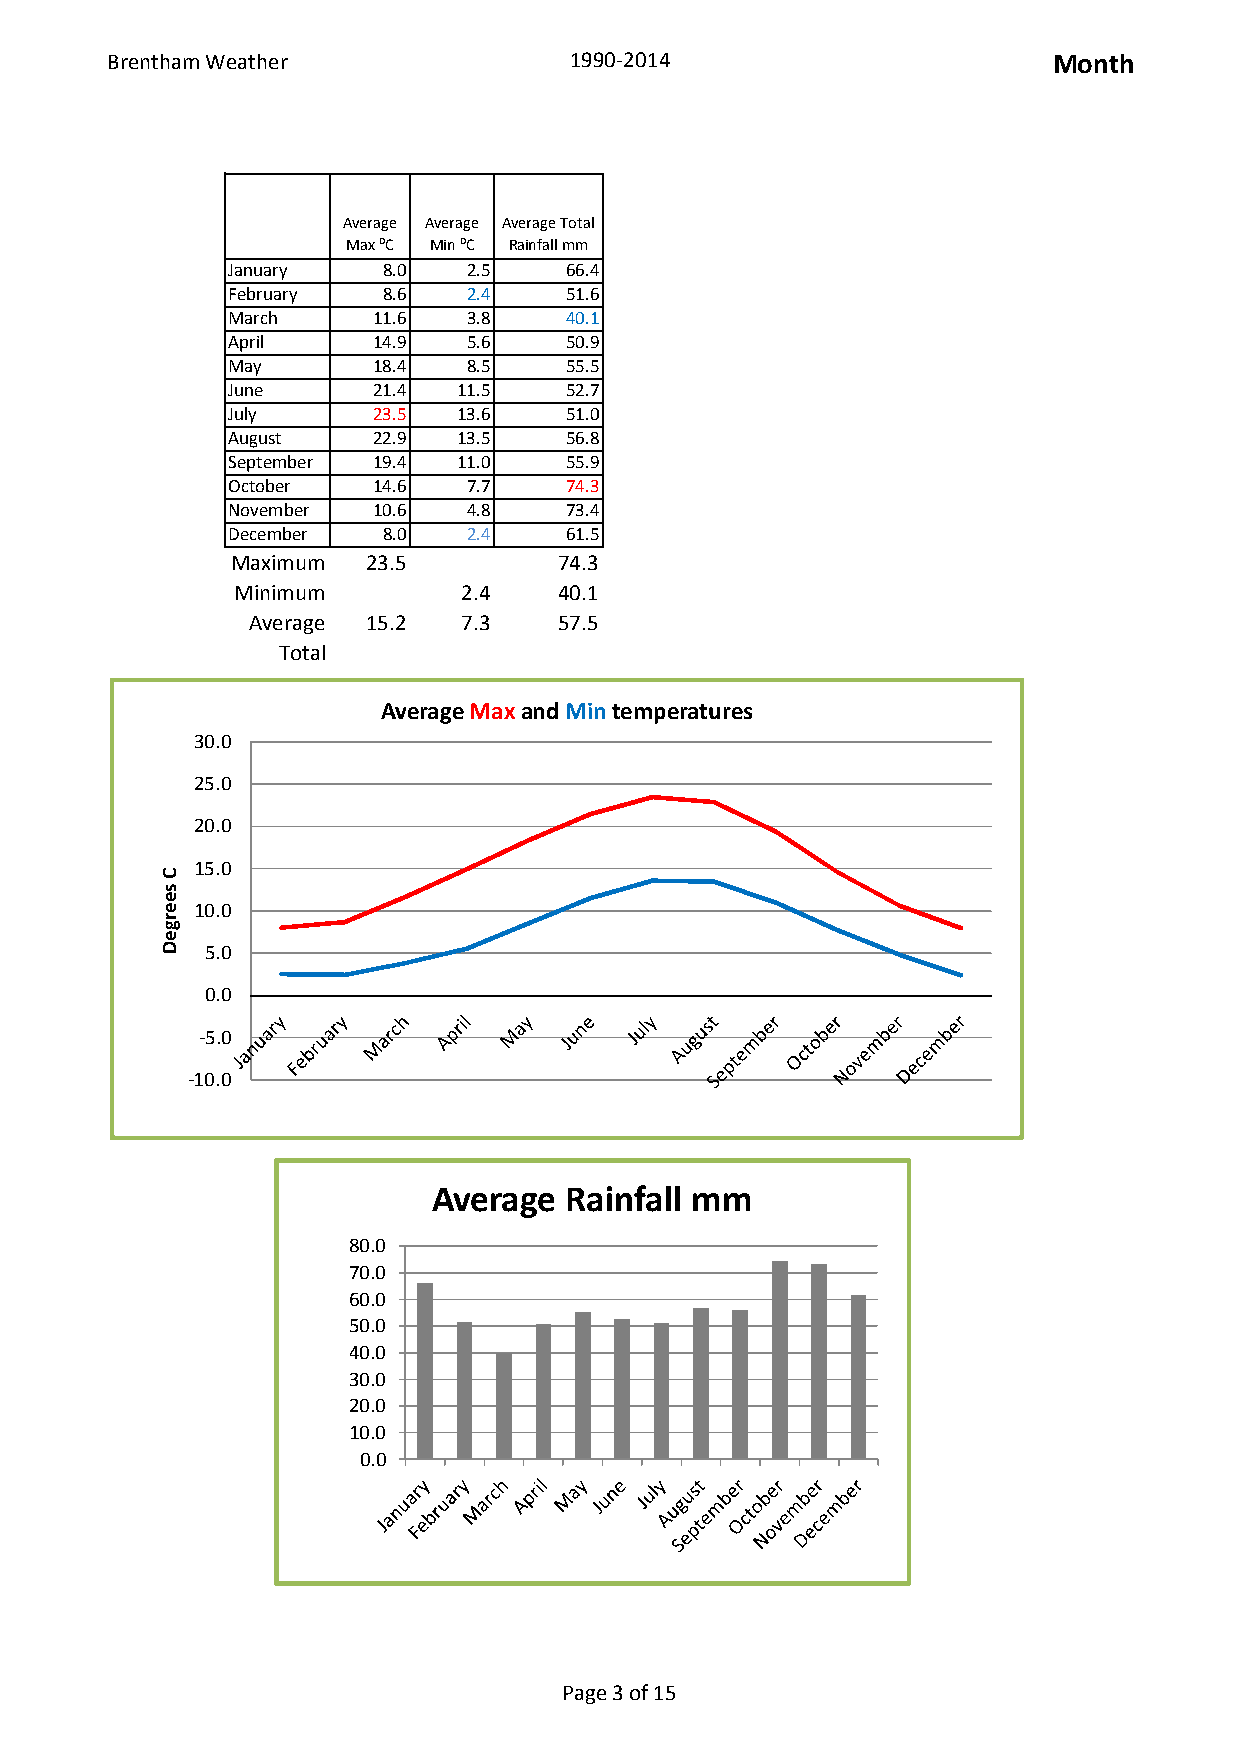
Brentham Weather               1990-2014                       Month
 Average Average Average Total
 Max ⁰C Min ⁰C Rainfall mm
 January   8.0   2.5   66.4
 February  8.6   2.4   51.6
 March     11.6  3.8   40.1
 April     14.9  5.6   50.9
 May       18.4  8.5   55.5
 June      21.4 11.5   52.7
 July      23.5 13.6   51.0
 August    22.9 13.5   56.8
 September 19.4 11.0   55.9
 October   14.6  7.7   74.3
 November  10.6  4.8   73.4
 December  8.0   2.4   61.5
 Maximum  23.5         74.3
 Minimum         2.4   40.1
 Average 15.2   7.3   57.5
 Total
 AverageMaxand Mintemperatures
 30.0
 25.0
 20.0
 15.0
 10.0
 5.0
 0.0
 -5.0
 -10.0
 Average Rainfall mm
 80.0
 70.0
 60.0
 50.0
 40.0
 30.0
 20.0
 10.0
 0.0
 Page 3 of 15
 C
 seergeD